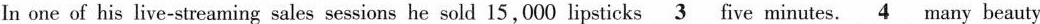
In one of his live-streaming sales sessions he sold 15,000 lipsticks\underline{3} five minutes.\underline{4}many beauty